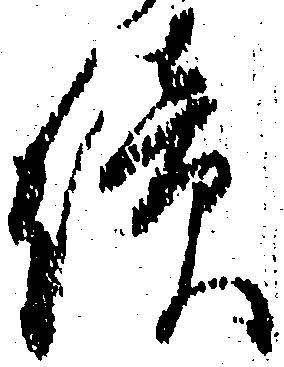
続